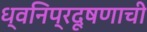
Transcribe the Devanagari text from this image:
ध्वनिप्रदूषणाची